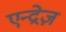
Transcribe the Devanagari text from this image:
एन्द्रेज़